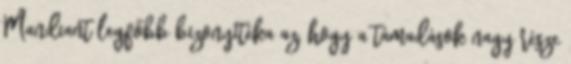
Mandiant legfőbb bizonyítéka az, hogy a támadások nagy része